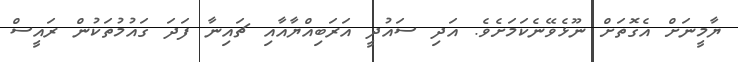
ޔާމީނަށް އެގޮތަށް ނޫޅެވޭނެކަމަށެވެ. އަދި ސައުދީ އަރަބިއްޔާއާއި ޗައިނާ ފަދަ ގައުމުތަކުން ރައީސް